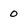
Character: 0